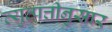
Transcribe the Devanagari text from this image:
व्युत्पत्तीनुसार